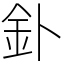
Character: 釙